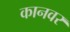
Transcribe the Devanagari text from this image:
कानवर